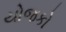
યોજકો